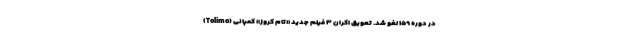
(Tolimo) در دوره ۱۵۹ لغو شد. تعویق اکران ۳ فیلم جدید «تام کروز» کمپانی